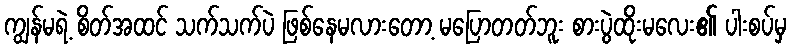
ကျွန်မရဲ့ စိတ်အထင် သက်သက်ပဲ ဖြစ်နေမလားတော့ မပြောတတ်ဘူး စားပွဲထိုးမလေး၏ ပါးစပ်မှ